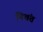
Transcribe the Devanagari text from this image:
निचंत